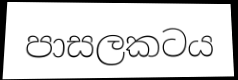
පාසලකටය